Lunatic asylums Madras 1877-1891 - 1877-1891
Year: 1877
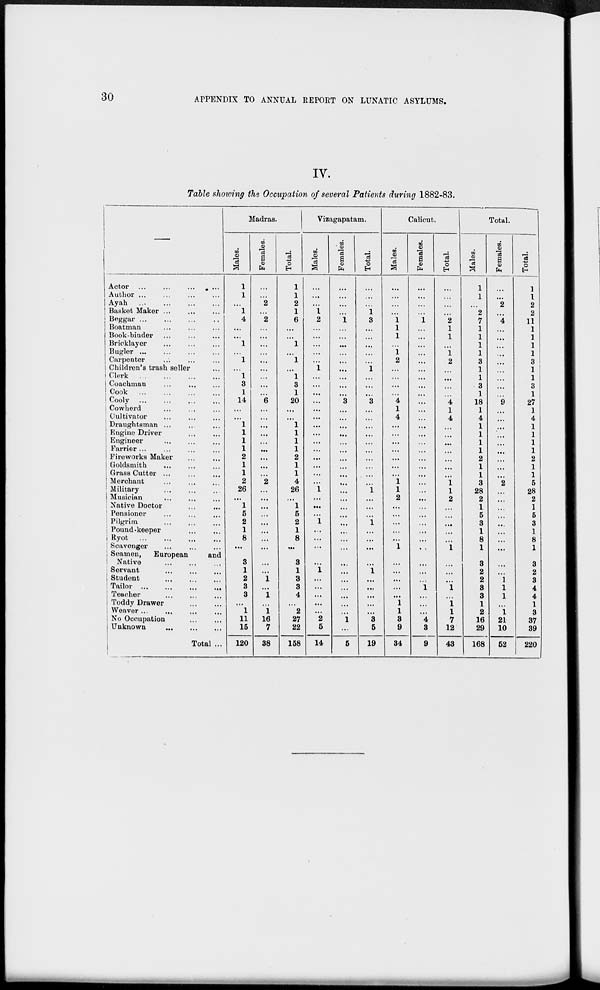
30
APPENDIX TO ANNUAL REPORT ON LUNATIC ASYLUMS.
IV.
Table showing the Occupation of several Patients during 1882-83.
—
Actor ...
... ... ...
Author ... ... ... ...
Ayah
...
...
...
...
Basket Maker ... ... ...
Beggar
...
...
...
...
Boatman ... ... ...
Book-binder ... ... ...
Bricklayer ... ... ...
Bugler
...
...
...
...
Carpenter ... ... ...
Children's trash seller ...
Clerk
...
...
...
...
Coachman ... ... ...
Cook
...
...
...
...
Cooly ... ... ... ...
Cowherd ... ... ...
Cultivator ... ... ...
Draughtsman ... ... ...
Engine Driver ... ...
Engineer ... ... ...
Farrier ... ... ... ...
Fireworks Maker ... ...
Goldsmith ... ... ...
Grass Cutter ... ... ...
Merchant
...
...
...
Military ... ... ...
Musician ... ... ...
Native Doctor ... ...
Pensioner ... ... ...
Pilgrim ... ... ...
Pound-keeper ... ...
Ryot
...
...
...
...
Scavenger ... ...
Seamen,
European
and
Native ... ... ...
Servant
...
...
...
Student
...
...
...
Tailor...
...
...
...
Teacher ... ... ...
Toddy Drawer ... ...
Weaver ... ... ... ...
No Occupation ... ...
Unknown
...
...
...
Total ...
Madras.
Males.
1
1
...
1
4
...
...
1
...
1
...
1
3
1
14
...
...
1
1
1
1
2
1
1
2
26
...
1
5
2
1
8
...
3
1
2
3
3
...
1
11
15
120
Females.
...
...
2
...
2
...
...
...
...
...
...
...
...
...
6
...
...
...
...
...
...
...
...
...
2
...
...
...
...
...
...
...
...
...
...
1
...
1
...
1
16
7
38
Total.
1
1
2
1
6
...
...
1
...
1
...
1
3
1
20
...
...
1
1
1
1
2
1
1
4
26
...
1
5
2
1
8
...
3
1
3
3
4
...
2
27
22
158
Vizagapatam.
Males.
...
...
...
1
2
...
...
...
...
...
1
...
...
...
...
...
...
...
...
...
...
...
...
...
...
1
...
...
...
1
...
...
...
...
1
...
...
...
...
...
2
5
14
Females.
...
...
...
...
1
...
...
...
...
...
...
...
...
...
3
...
...
...
...
...
...
...
...
...
...
...
...
...
...
...
...
...
...
...
...
...
...
...
...
...
1
...
5
Total.
...
...
...
1
3
...
...
...
...
...
1
...
...
...
3
...
...
...
...
...
...
...
...
...
...
1
...
...
...
1
...
...
...
...
1
...
...
...
...
...
3
5
19
Calicut.
Males.
...
...
...
...
1
1
1
...
1
2
...
...
...
...
4
1
4
...
...
...
...
...
...
...
1
1
2
...
...
...
...
...
1
...
...
...
...
...
1
1
3
9
34
Females.
...
...
...
...
1
...
...
...
...
...
...
...
...
...
...
...
...
...
...
...
...
...
...
...
...
...
...
...
...
...
...
...
...
...
...
...
1
...
...
...
4
3
9
Total.
...
...
...
...
2
1
1
...
1
2
...
...
...
...
4
1
4
...
...
...
...
...
...
...
1
1
2
...
...
...
...
...
1
...
...
...
1
...
1
1
7
12
43
Total.
Males.
1
1
...
2
7
1
1
1
1
3
1
1
3
1
18
1
4
1
1
1
1
2
1
1
3
28
2
1
5
3
1
8
1
3
2
2
3
3
1
2
16
29
168
Females.
...
...
2
...
4
...
...
...
...
...
...
...
...
...
9
...
...
...
...
...
...
...
...
...
2
...
...
...
...
...
...
...
...
...
...
1
1
1
...
1
21
10
52
Total.
1
1
2
2
11
1
1
1
1
3
1
1
3
1
27
1
4
1
1
1
1
2
1
1
5
28
2
1
5
3
1
8
1
3
2
3
4
4
1
3
37
39
220